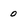
Character: 0